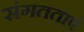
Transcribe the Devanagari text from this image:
संगतताएं